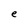
Character: e